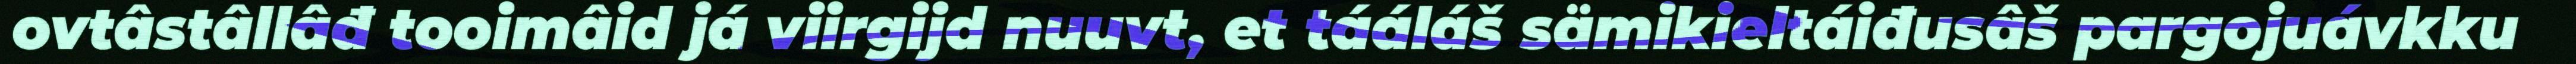
ovtâstâllâđ tooimâid já viirgijd nuuvt, et tááláš sämikieltáiđusâš pargojuávkku